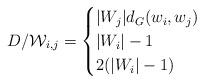
LaTeX: \begin{align*}D/\mathcal{W}_{i,j}=\begin{cases} |W_j|d_G(w_i,w_j)&\\|W_i|-1&\\2(|W_i|-1)&\\\end{cases}\end{align*}